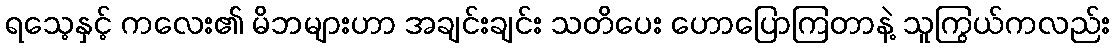
ရသေ့နှင့် ကလေး၏ မိဘများဟာ အချင်းချင်း သတိပေး ဟောပြောကြတာနဲ့ သူကြွယ်ကလည်း